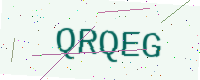
Text: QRQEG